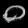
Digit: ၀